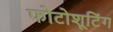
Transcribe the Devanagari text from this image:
फोटोशूटिंग